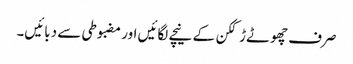
صرف چھوٹے ڑککن کے نیچے لگائیں اور مضبوطی سے دبائیں۔